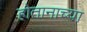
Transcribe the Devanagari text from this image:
होतानाच्या